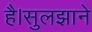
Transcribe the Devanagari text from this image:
है।सुलझाने